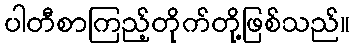
ပါတီစာကြည့်တိုက်တို့ဖြစ်သည်။